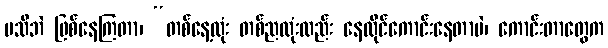
မသိဘဲ ဖြစ်နေကြတာ၊ “တစ်နေ့လုံး တစ်ညလုံးလည်း နေထိုင်ကောင်းနေတာပဲ၊ ကောင်းတာတွေက